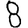
Digit: 8